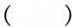
( )